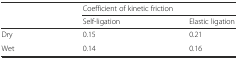
<table><thead><tr><td rowspan="2"></td><td colspan="2"><b>Coefficient of kinetic friction</b></td></tr><tr><td><b>Self-ligation</b></td><td><b>Elastic ligation</b></td></tr></thead><tbody><tr><td>Dry</td><td>0.15</td><td>0.21</td></tr><tr><td>Wet</td><td>0.14</td><td>0.16</td></tr></tbody></table>